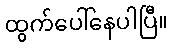
ထွက်ပေါ်နေပါပြီ။